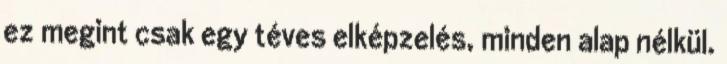
ez megint csak egy téves elképzelés, minden alap nélkül.